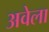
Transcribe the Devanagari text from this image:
अवेला